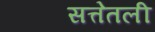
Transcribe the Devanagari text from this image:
सत्तेतली